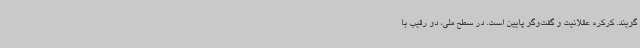
‌گویند. کرکره عقلانیت و گفت‌وگو پایین است. در سطح ملی، دو رقیب با